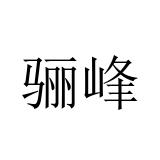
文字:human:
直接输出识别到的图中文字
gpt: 骊峰